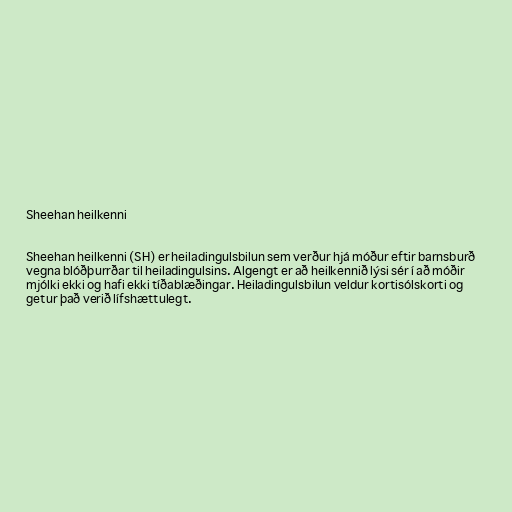
Sheehan heilkenni

Sheehan heilkenni (SH) er heiladingulsbilun sem verður hjá móður eftir barnsburð
vegna blóðþurrðar til heiladingulsins. Algengt er að heilkennið lýsi sér í að móðir
mjólki ekki og hafi ekki tíðablæðingar. Heiladingulsbilun veldur kortisólskorti og
getur það verið lífshættulegt.